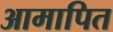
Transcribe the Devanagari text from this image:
आमापित